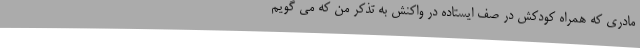
مادری که همراه کودکش در صف ایستاده در واکنش به تذکر من که می گویم